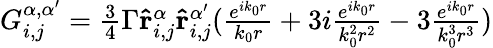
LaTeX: \begin{array}{r}{G_{i,j}^{\alpha,\alpha^{\prime}}=\frac{3}{4}\Gamma\mathbf{\hat{r}}_{i,j}^{\alpha}\mathbf{\hat{r}}_{i,j}^{\alpha^{\prime}}(\frac{e^{ik_{0}r}}{k_{0}r}+3i\frac{e^{ik_{0}r}}{k_{0}^{2}r^{2}}-3\frac{e^{ik_{0}r}}{k_{0}^{3}r^{3}})}\end{array}